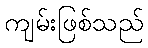
ကျမ်းဖြစ်သည်